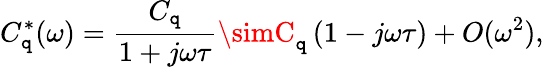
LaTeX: C_{\mathtt{q}}^{*}(\omega)=\frac{{C_{\mathtt{q}}}}{{1+j\omega\tau}}\simC_{\mathtt{q}}\left(1-j\omega\tau\right)+O(\omega^{2}),